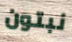
نبتون